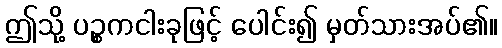
ဤသို့ ပဉ္စကငါးခုဖြင့် ပေါင်း၍ မှတ်သားအပ်၏။